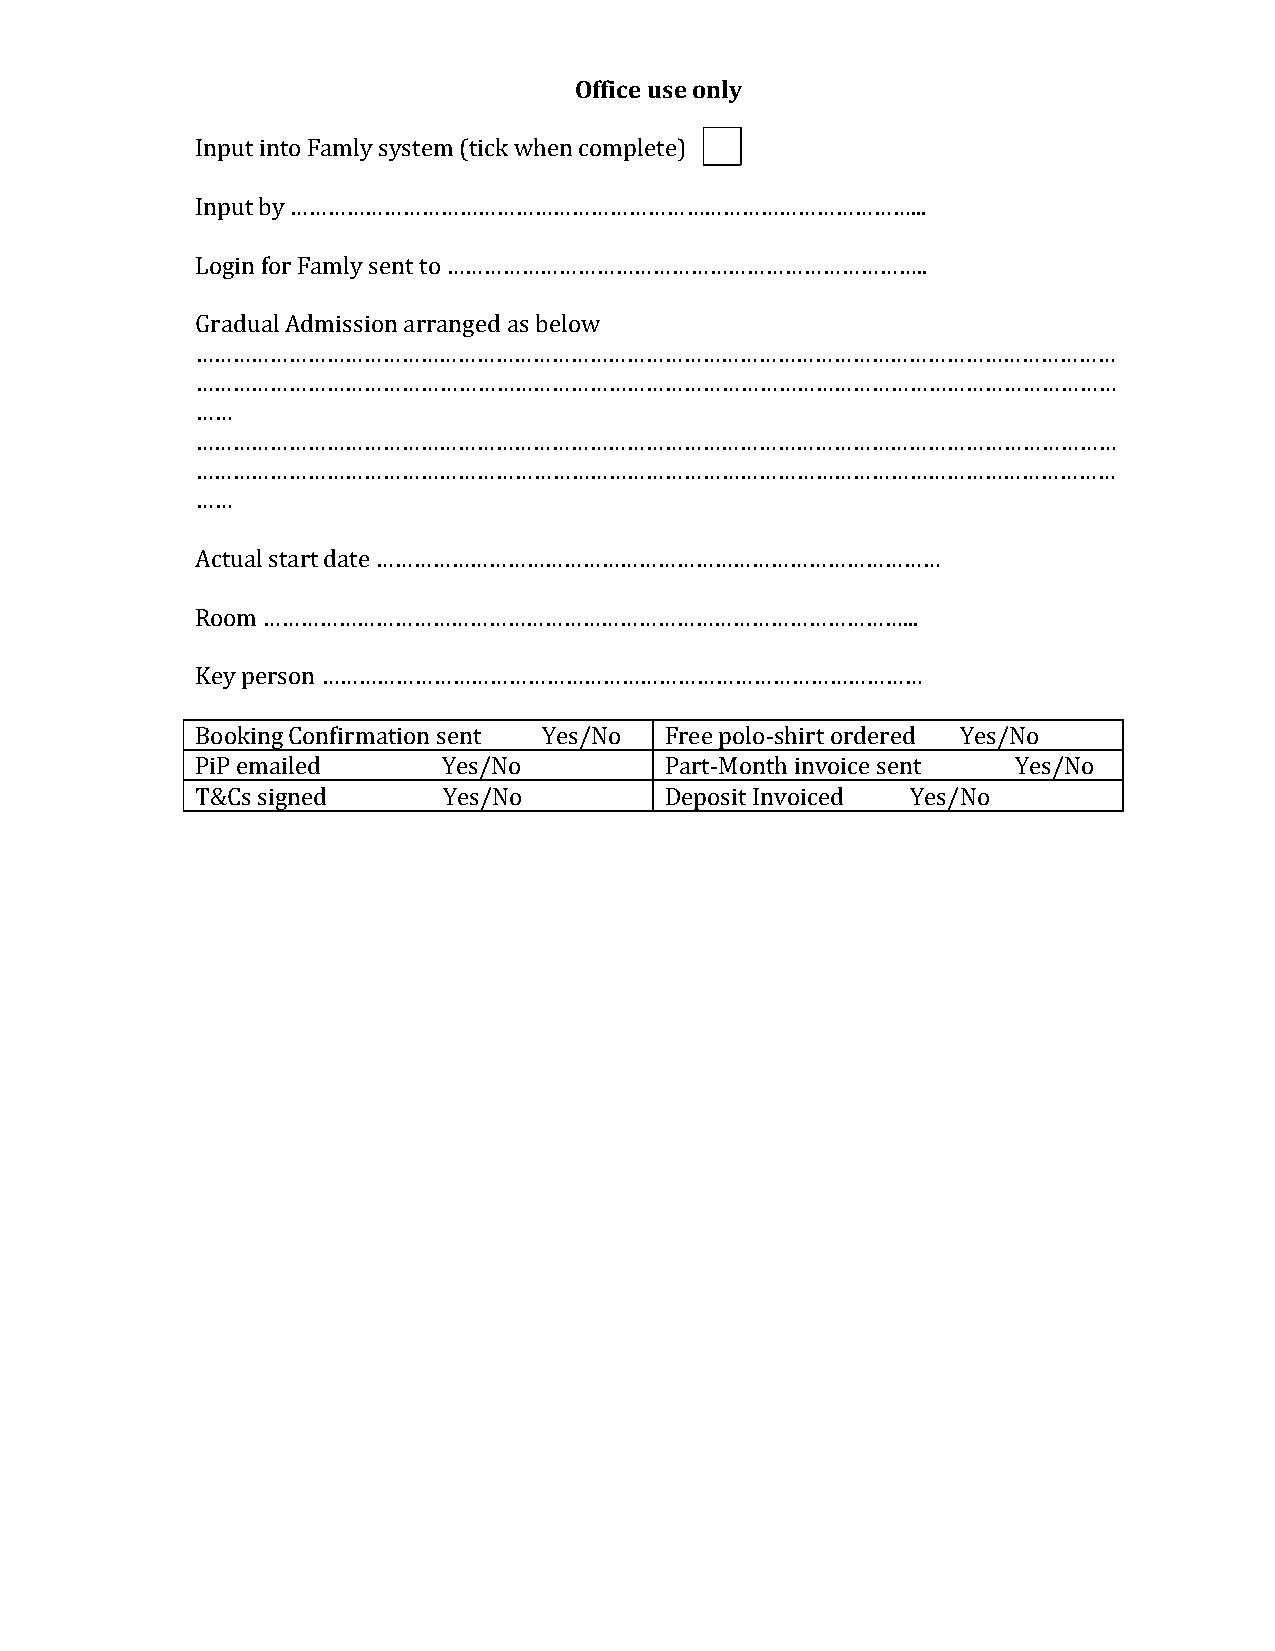
Office use only
 Input into Famly system (tick when complete)
 Input by ………………………………………………………………………………………...
 Login for Famly sent to …………………………………………………………………..
 Gradual Admission arranged as below
 …………………………………………………………………………………………………………………………………
 …………………………………………………………………………………………………………………………………
 ……
 …………………………………………………………………………………………………………………………………
 …………………………………………………………………………………………………………………………………
 ……
 Actual start date ………………………………………………………………………………
 Room …………………………………………………………………………………………...
 Key person ……………………………………………………………………………………
 Booking Confirmation sent Yes/No Free polo-shirt ordered Yes/No
 PiP emailed     Yes/No         Part-Month invoice sent Yes/No
 T&Cs signed     Yes/No         Deposit Invoiced Yes/No